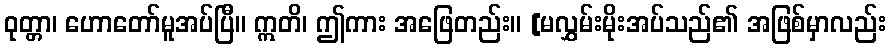
ဝုတ္တာ၊ ဟောတော်မူအပ်ပြီ။ ဣတိ၊ ဤကား အဖြေတည်း။ [မလွှမ်းမိုးအပ်သည်၏ အဖြစ်မှာလည်း